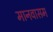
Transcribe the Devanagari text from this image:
मानवासम